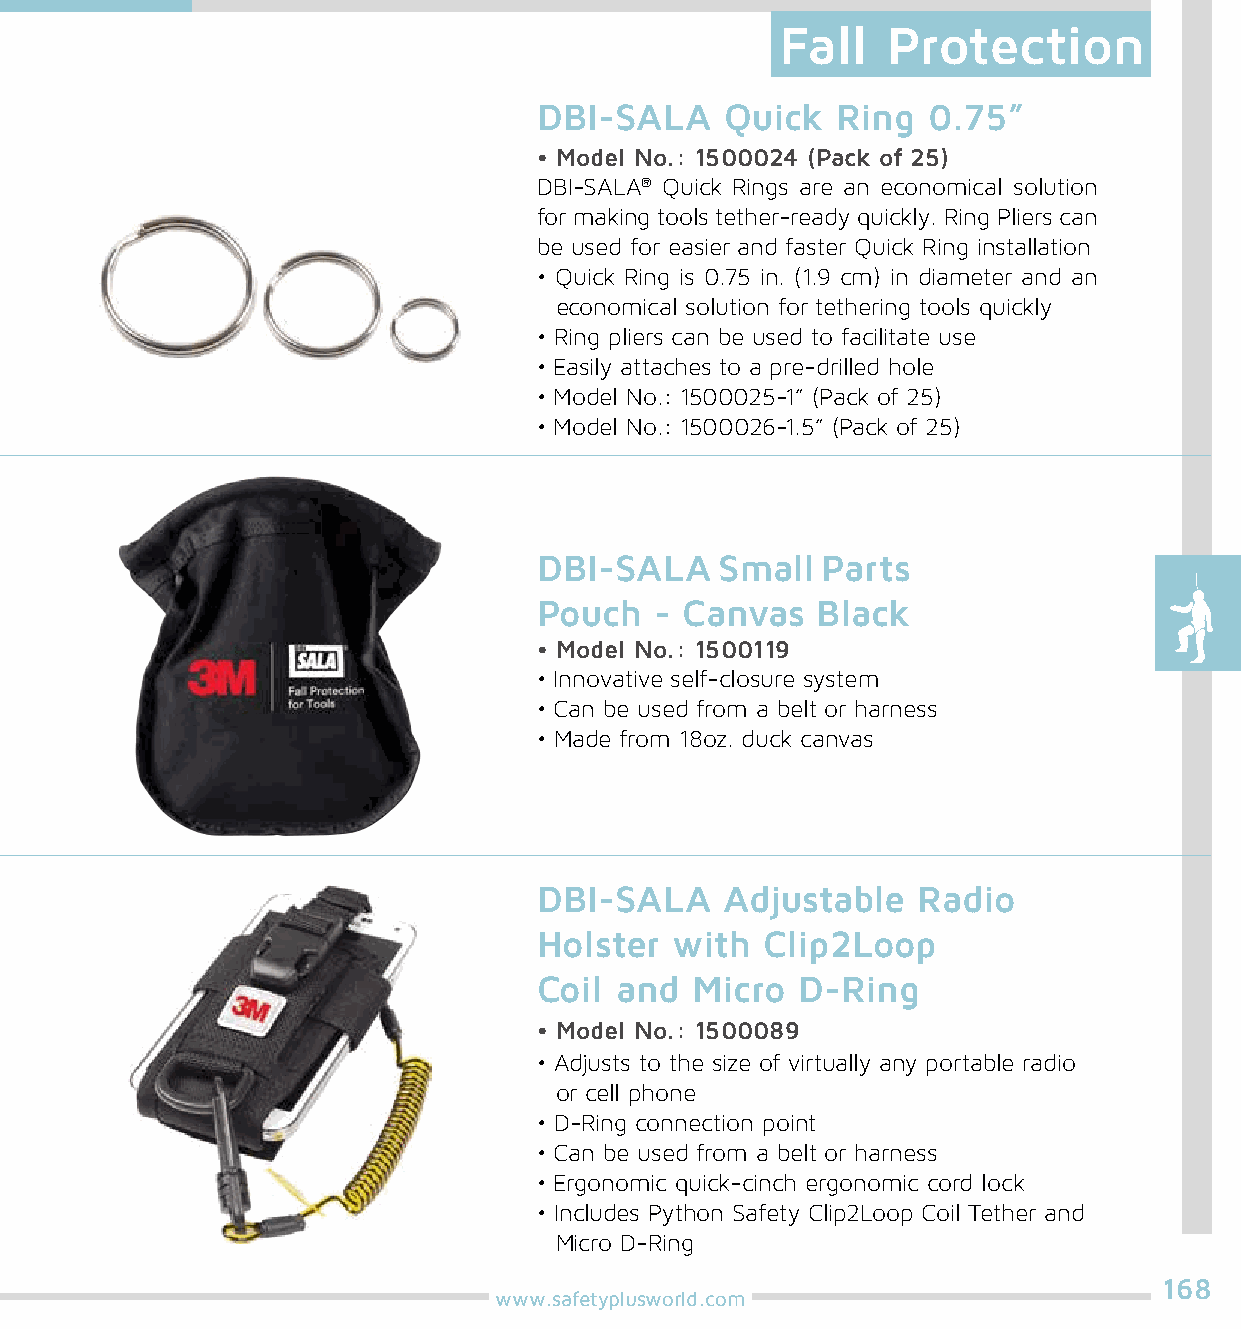
Fall   Protection
 DBI-SALA    Quick  Ring  0.75”
 • Model No.: 1500024 (Pack of 25)
 DBI-SALA® Quick Rings are an economical solution
 for making tools tether-ready quickly. Ring Pliers can
 be used for easier and faster Quick Ring installation
 • Quick Ring is 0.75 in. (1.9 cm) in diameter and an
 economical solution for tethering tools quickly
 • Ring pliers can be used to facilitate use
 • Easily attaches to a pre-drilled hole
 • Model No.: 1500025-1” (Pack of 25)
 • Model No.: 1500026-1.5” (Pack of 25)
 DBI-SALA    Small Parts
 Pouch  - Canvas   Black
 • Model No.: 1500119
 • Innovative self-closure system
 • Can be used from a belt or harness
 • Made from 18oz. duck canvas
 DBI-SALA    Adjustable   Radio
 Holster  with  Clip2Loop
 Coil and  Micro  D-Ring
 • Model No.: 1500089
 • Adjusts to the size of virtually any portable radio
 or cell phone
 • D-Ring connection point
 • Can be used from a belt or harness
 • Ergonomic quick-cinch ergonomic cord lock
 • Includes Python Safety Clip2Loop Coil Tether and
 Micro D-Ring
 168
 www.safetyplusworld.com